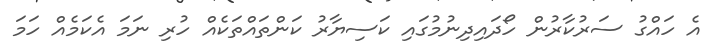
އެ ހައްގު ސަރުކާރުން ހޯދައިދިނުމުގައި ކަސިޔާރު ކަންތައްތަކެއް ހުރި ނަމަ އެކަމެއް ހަމަ